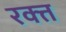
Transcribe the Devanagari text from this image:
रक्त्त